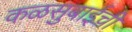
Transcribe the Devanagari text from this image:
कळसुबाईची